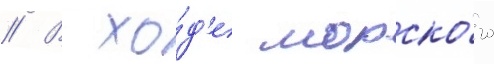
// В хо́д'е морско́го